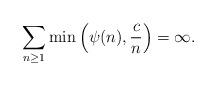
LaTeX: \begin{align*}\sum_{n\geq 1}\min\left(\psi(n),\frac{c}{n}\right)=\infty.\end{align*}